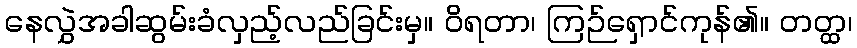
နေလွှဲအခါဆွမ်းခံလှည့်လည်ခြင်းမှ။ ဝိရတာ၊ ကြဉ်ရှောင်ကုန်၏။ တတ္ထ၊